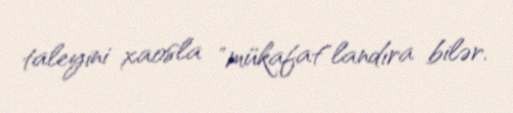
taleyini xaosla "mükafat"landıra bilər.